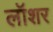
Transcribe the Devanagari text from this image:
लॉशर